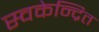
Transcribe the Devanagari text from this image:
स्वकेन्द्रित